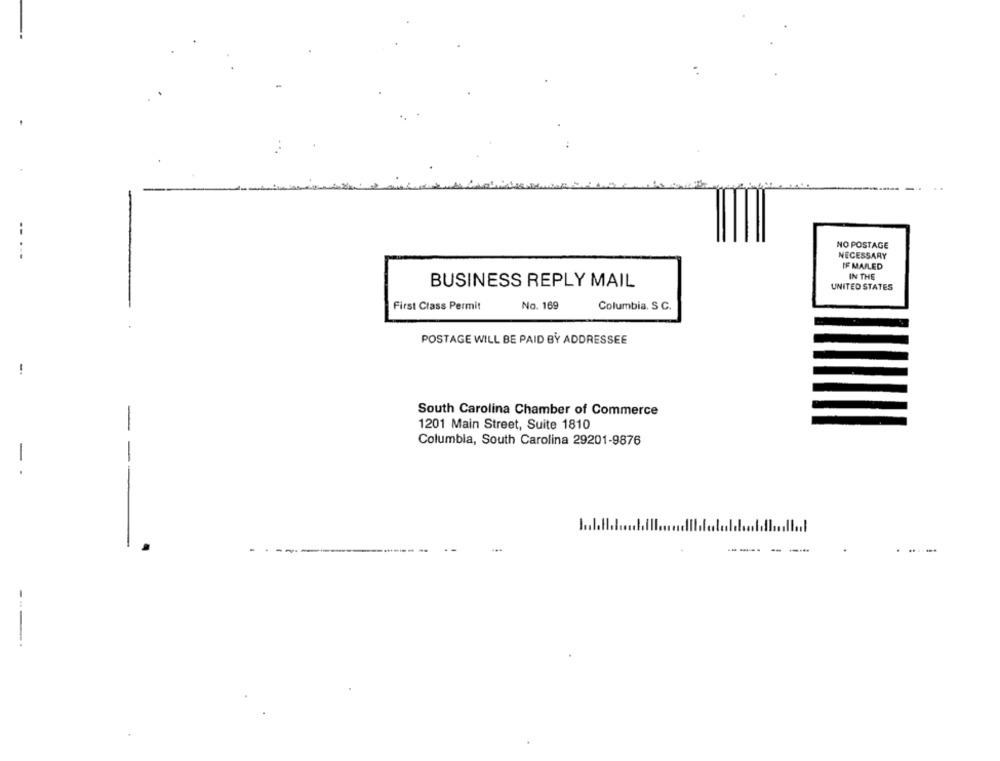
--
NO POSTAGE
NECESSARY
IF MAILED
IN THE
BUSINESS REPLY MAIL
UNITED STATES
No. 169
First Class Permit
Columbia. S C.
POSTAGE WILL BE PAID BY ADDRESSEE
South Carolina Chamber of Commerce
1201 Main Street, Suite 1810
Columbia, South Carolina 29201-9876
-
--- --
--